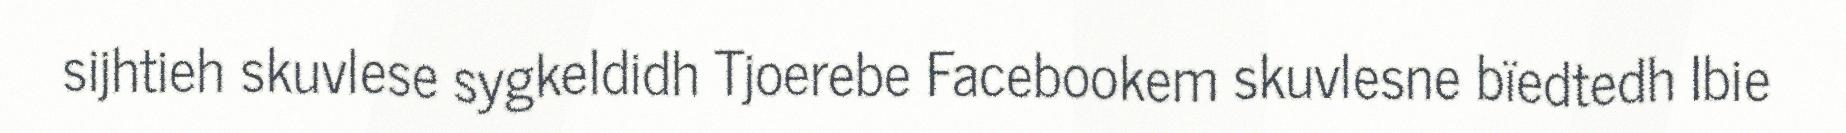
sijhtieh skuvlese sygkeldidh Tjoerebe Facebookem skuvlesne bïedtedh Ibie